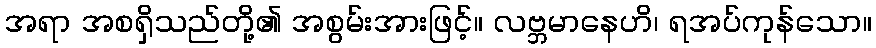
အရာ အစရှိသည်တို့၏ အစွမ်းအားဖြင့်။ လဗ္ဘမာနေဟိ၊ ရအပ်ကုန်သော။